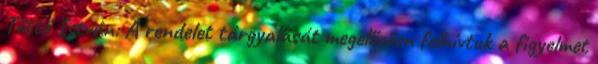
Tüttő István: A rendelet tárgyalását megelőzően felhívtuk a figyelmet